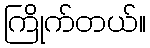
ကြိုက်တယ်။